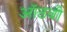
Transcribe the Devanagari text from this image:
ऑठवी